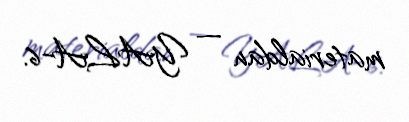
materialdan — YALA-6.